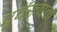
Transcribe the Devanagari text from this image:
पूर्वरूपम्